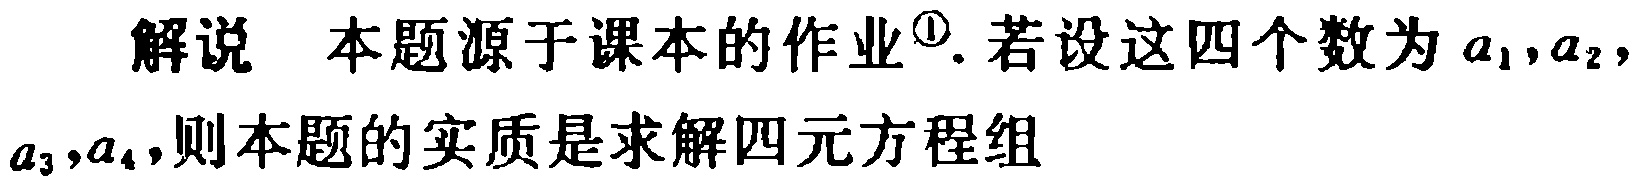
解说 本题源于课本的作业\(^{\circled{1}}\). 若设这四个数为\(a_{1},a_{2},\)
\(a_{3},a_{4},\)则本题的实质是求解四元方程组